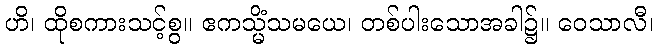
ဟိ၊ ထိုစကားသင့်စွ။ ဧကသ္မိံသမယေ၊ တစ်ပါးသောအခါ၌။ ဝေသာလီ၊